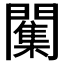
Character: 𮤣